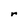
Character: r